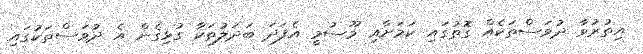
އިތުރުވާ ދުވަސްތަކެއް ގޮތުގައި ކަމަށާއި މޫސުމީ އެފަދަ ބަދަލުތަކާ ގުޅިގެން އެ ދުވަސްތަކުގައި